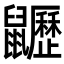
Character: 𪖍